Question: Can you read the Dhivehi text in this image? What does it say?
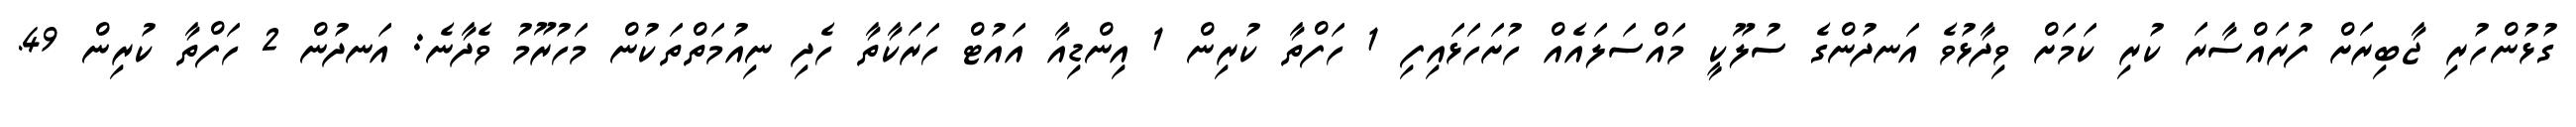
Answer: ގުޅުންހުރި ޖާބިރަށް ފުރައްސާރަ ކުރި ކަމަށް ވިދާޅުވެ އަނދުންގެ ސުލޫކީ މައްސަލައެއް ހުށަހަޅައިފި 1 ހަފްތާ ކުރިން 1 އިންޑިއާ އައުޓް ހަރަކާތާ ހެދި ނިއުމަތްތަކުން މަހުރޫމު ވެދާނެ: އަނދުން 2 ހަފްތާ ކުރިން 49.